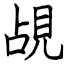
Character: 覘